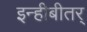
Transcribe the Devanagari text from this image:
इन्हीबीतर्